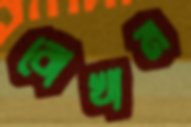
বোখাম